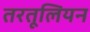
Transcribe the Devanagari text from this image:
तरतूलियन